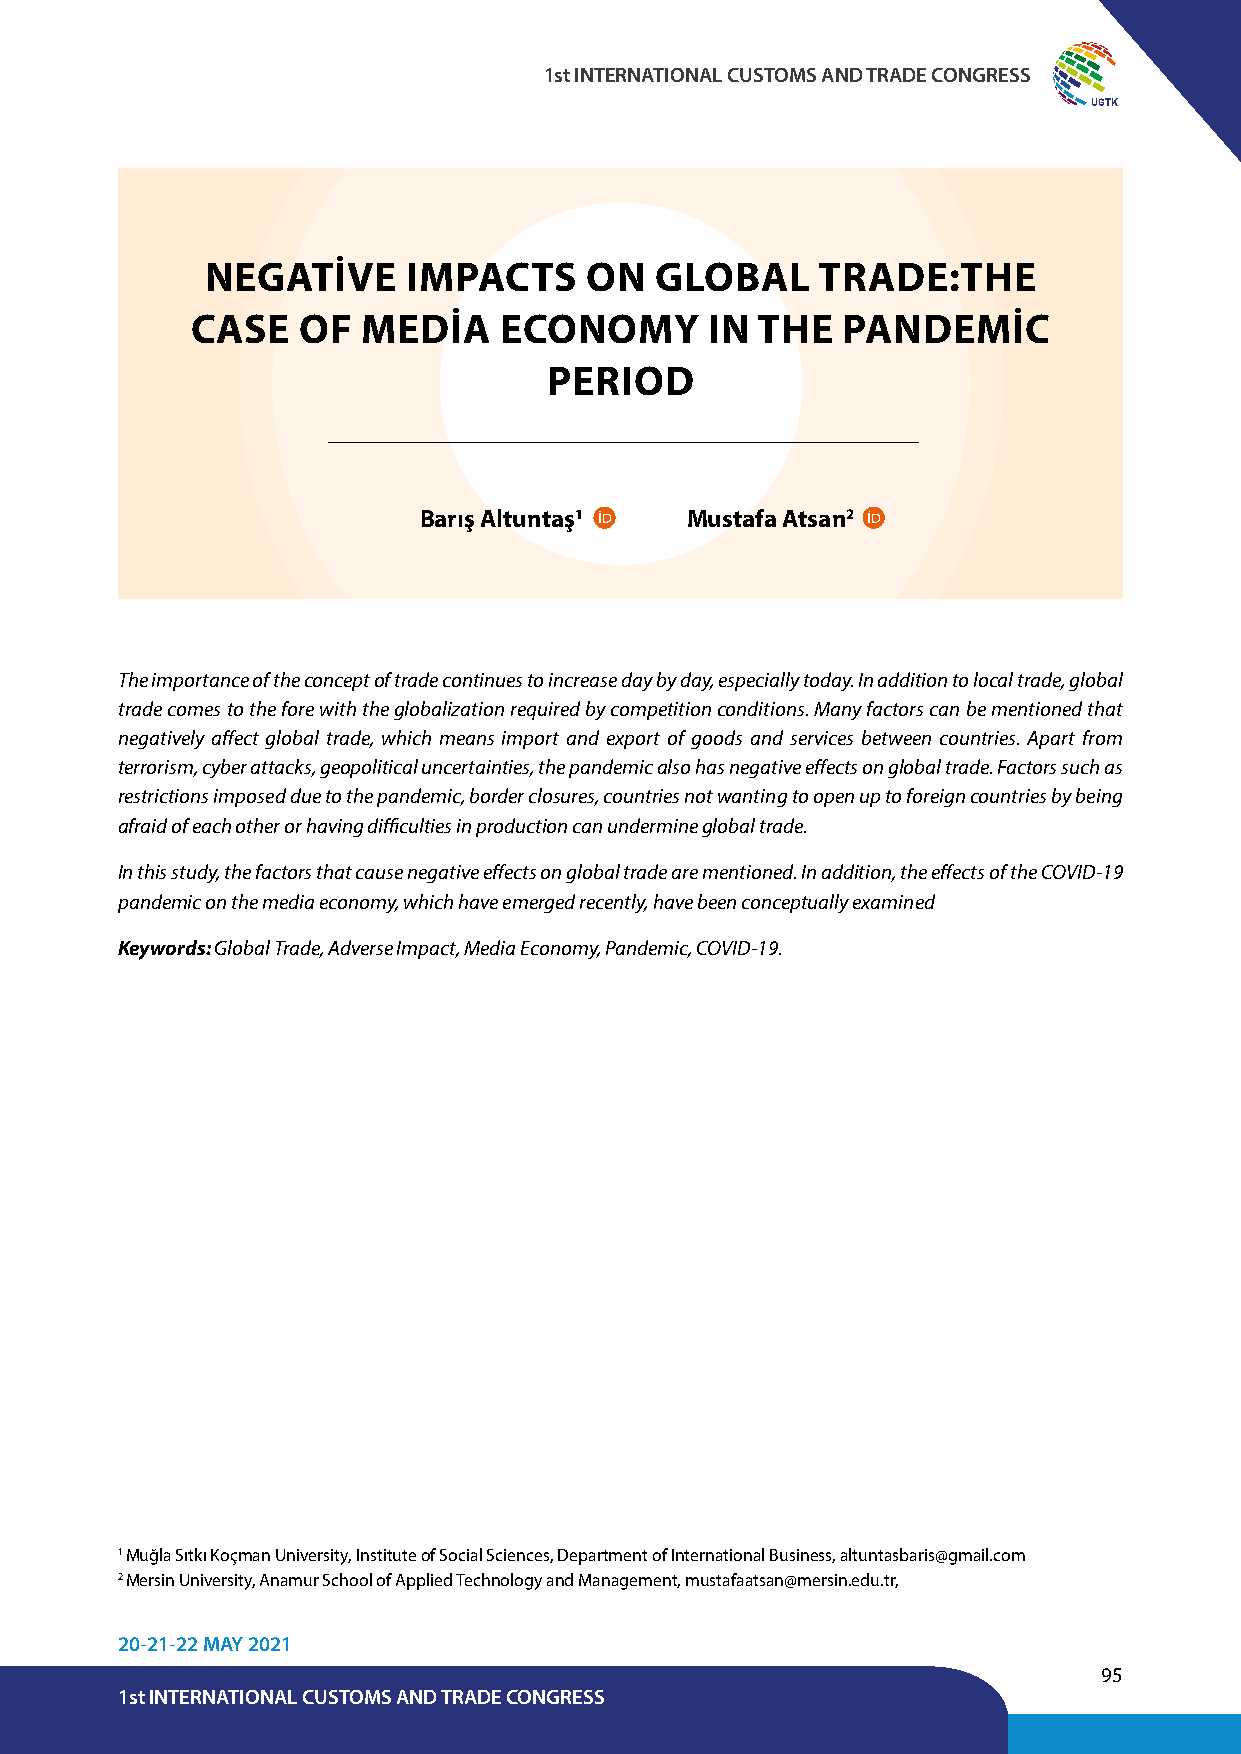
1st INTERNATIONAL CUSTOMS AND TRADE CONGRESS
 UGTK
 NEGATİVE     IMPACTS     ON  GLOBAL     TRADE:THE
 CASE   OF  MEDİA    ECONOMY       IN THE   PANDEMİC
 PERIOD
 Barış Altuntaş1  Mustafa Atsan2
 The importance of the concept of trade continues to increase day by day, especially today. In addition to local trade, global
 trade comes to the fore with the globalization required by competition conditions. Many factors can be mentioned that
 negatively affect global trade, which means import and export of goods and services between countries. Apart from
 terrorism, cyber attacks, geopolitical uncertainties, the pandemic also has negative effects on global trade. Factors such as
 restrictions imposed due to the pandemic, border closures, countries not wanting to open up to foreign countries by being
 afraid of each other or having difficulties in production can undermine global trade.
 In this study, the factors that cause negative effects on global trade are mentioned. In addition, the effects of the COVID-19
 pandemic on the media economy, which have emerged recently, have been conceptually examined
 Keywords: Global Trade, Adverse Impact, Media Economy, Pandemic, COVID-19.
 1 Muğla Sıtkı Koçman University, Institute of Social Sciences, Department of International Business, altuntasbaris@gmail.com
 2 Mersin University, Anamur School of Applied Technology and Management, mustafaatsan@mersin.edu.tr,
 20-21-22 MAY 2021
 95
 1st INTERNATIONAL CUSTOMS AND TRADE CONGRESS